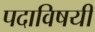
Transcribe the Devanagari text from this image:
पदाविषयी